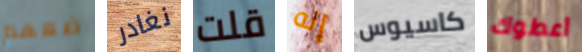
ضعهم نغادر قلت إنه كاسيوس أعطوك